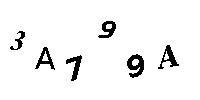
3A799A